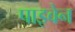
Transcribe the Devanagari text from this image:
पाइवेन